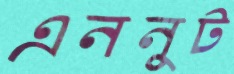
এননুট